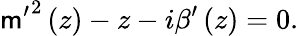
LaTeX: {\mathsf{m}^{\prime}}^{2}\left(z\right)-z-i\beta^{\prime}\left(z\right)=0.